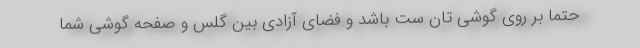
حتما بر روی گوشی تان ست باشد و فضای آزادی بین گلس و صفحه گوشی شما